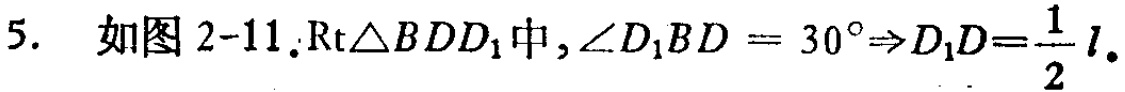
5. 如图 2-11.$\text{Rt}\triangle BDD_1$中,$\angle D_1BD = 30^{\circ}\Rightarrow D_1D=\frac{1}{2}l$.